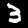
Label: 3